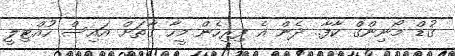
ގުޑް މޯނިންގް ކާފާ.. ދެން އެ ފިރިހެން މީހާ ގާތަށް އައިސް ހުއްޓިލީ